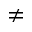
\neq